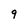
Character: q